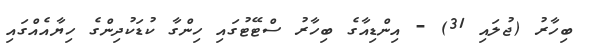
ބިހާރު (ޖުލައި 31) - އިންޑިއާގެ ބިހާރު ސްޓޭޓުގައި ހިންގާ ކުޑަކުދިންގެ ހިޔާއެއްގައި